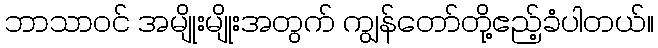
ဘာသာဝင် အမျိုးမျိုးအတွက် ကျွန်တော်တို့ဧည့်ခံပါတယ်။